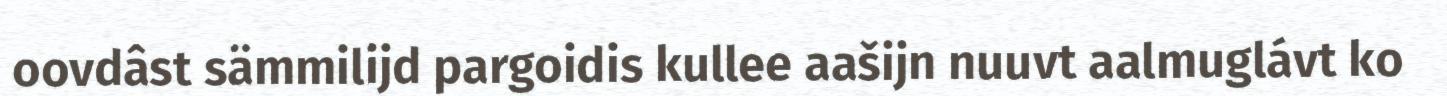
oovdâst sämmilijd pargoidis kullee aašijn nuuvt aalmuglávt ko